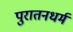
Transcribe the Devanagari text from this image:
पुरातनधर्म